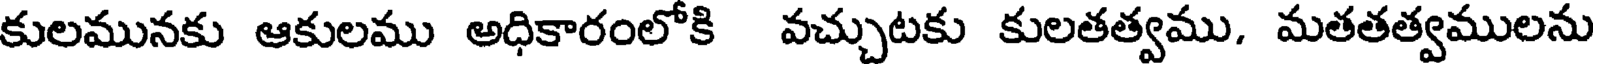
కులమునకు ఆకులము అధికారంలోకి వచ్చుటకు కులతత్వము, మతతత్వములను